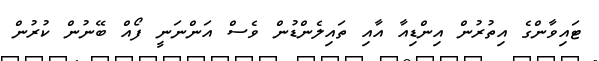
ޓައިވާންގެ އިތުރުން އިންޑިއާ އާއި ތައިލެންޑުން ވެސް އަންނަނީ ފޯއް ބޭނުން ކުރުން